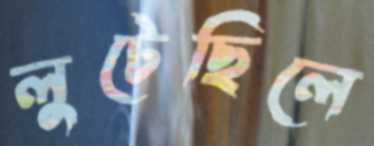
লুটেছিলে